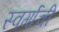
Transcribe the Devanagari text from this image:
स्वर्गाची